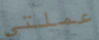
عملتي